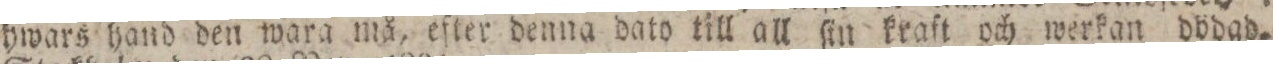
hwars hand den wara må, efter denna dato till all ſin kraft och werkan dödad.